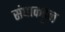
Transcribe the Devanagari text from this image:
संघाकडुन